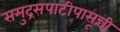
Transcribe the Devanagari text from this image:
समुद्रसपाटीपासून्ची